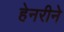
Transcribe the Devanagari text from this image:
हेनरीने